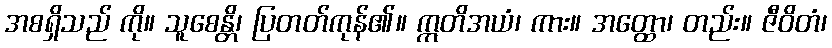
အစရှိသည် ကို။ သူစေန္တိ၊ ပြတတ်ကုန်၏။ ဣတိအယံ၊ ကား။ အတ္ထော၊ တည်း။ ဇီဝိတံ၊